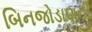
બિનજોડાણની